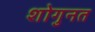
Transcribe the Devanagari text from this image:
शोगुनत